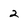
Character: 2